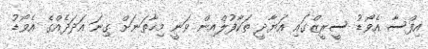
އިފްސާ އެވޯޑު ސީރީޒްގައި އަޔާދީ ތަކާފުލްއިން ވަނީ މިހާތަނަށް ގިނަ އަދަދެއްގެ އެވޯޑު